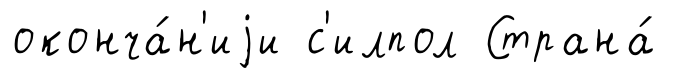
оконча́н'иjи с'илпол Страна́